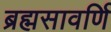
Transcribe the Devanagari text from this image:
ब्रह्मसावर्णि